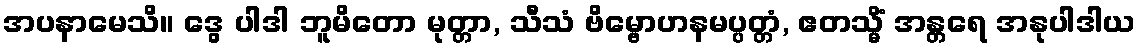
အပနာမေသိ။ ဒွေ ပါဒါ ဘူမိတော မုတ္တာ, သီသံ ဗိမ္ဗောဟနမပ္ပတ္တံ, ဧတသ္မိံ အန္တရေ အနုပါဒါယ